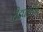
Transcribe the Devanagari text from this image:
रीडधारियों